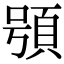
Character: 䪽